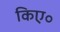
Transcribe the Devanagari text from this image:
किए॰